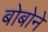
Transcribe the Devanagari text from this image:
बोबोने